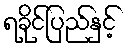
ရခိုင်ပြည်နှင့်